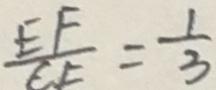
\frac { E F } { C F } = \frac { 1 } { 3 }